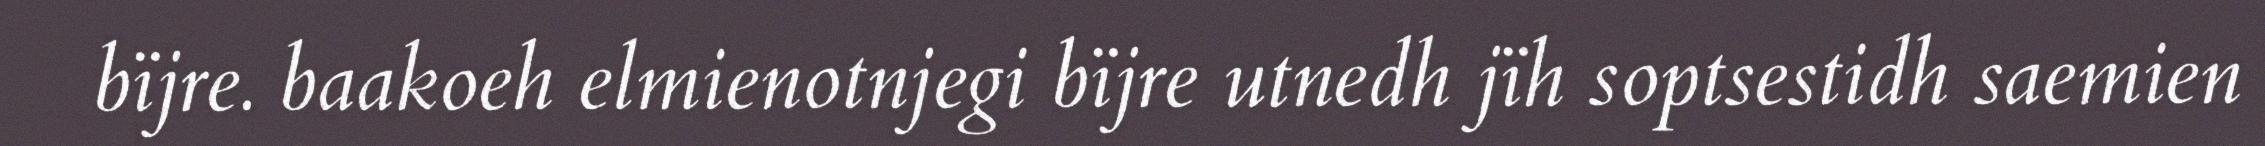
bïjre. baakoeh elmienotnjegi bïjre utnedh jïh soptsestidh saemien